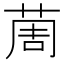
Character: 䓟